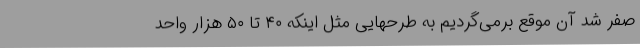
صفر شد آن موقع برمی‌گردیم به طرحهایی مثل اینکه ۴۰ تا ۵۰ هزار واحد